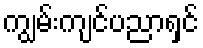
ကျွမ်းကျင်ပညာရှင်